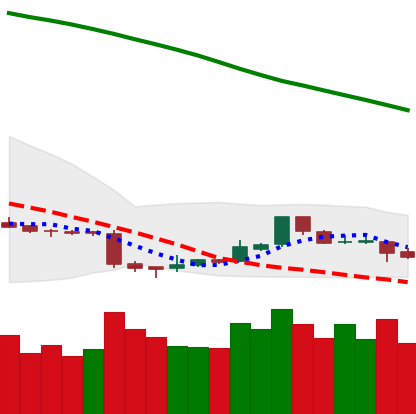
Ticker: ETC-USD
Chart end date: 2018-11-12
Forward return: -19.672%
Label: down_7plus